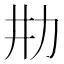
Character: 𰅉